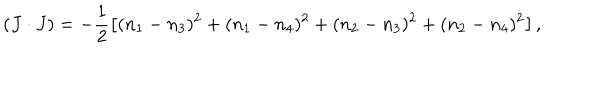
( J \cdot J ) = - \frac { 1 } { 2 } \left[ ( n _ { 1 } - n _ { 3 } ) ^ { 2 } + ( n _ { 1 } - n _ { 4 } ) ^ { 2 } + ( n _ { 2 } - n _ { 3 } ) ^ { 2 } + ( n _ { 2 } - n _ { 4 } ) ^ { 2 } \right] ,